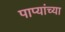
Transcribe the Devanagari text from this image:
पाप्यांच्या